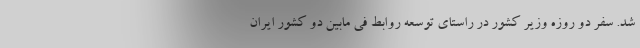
شد. سفر دو روزه وزیر کشور در راستای توسعه روابط فی مابین دو کشور ایران